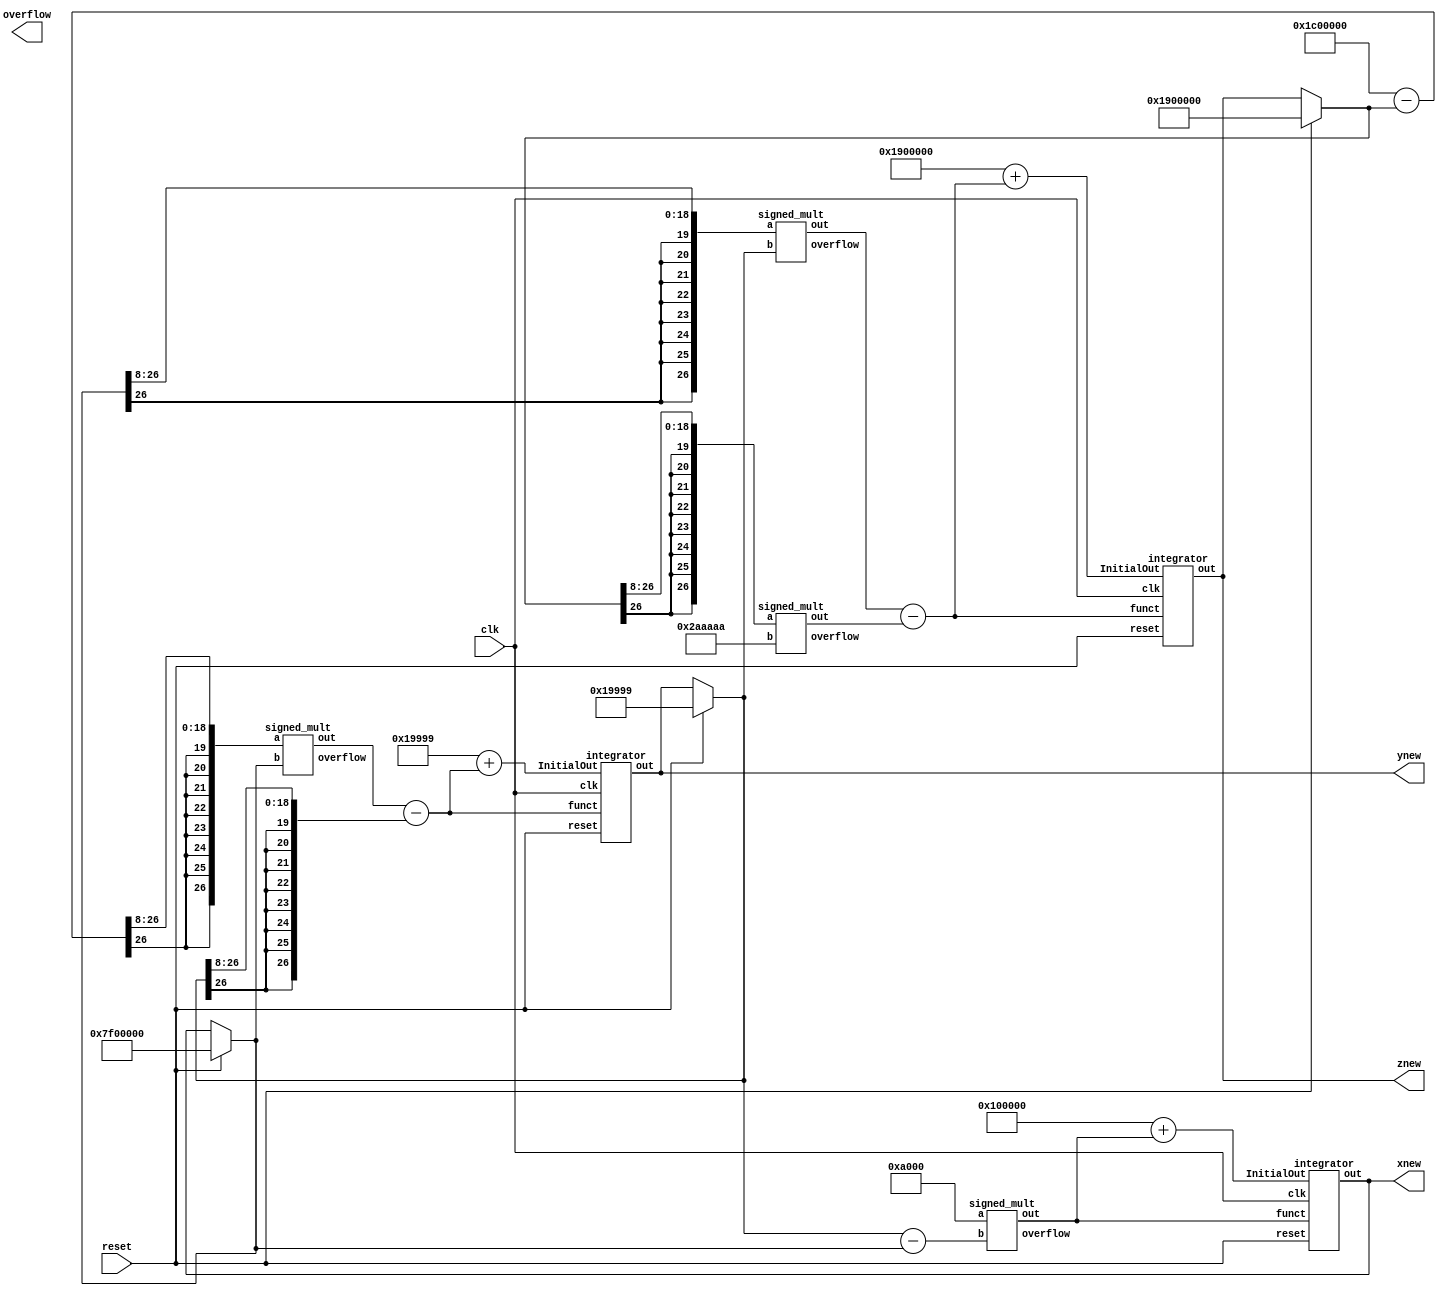
/////////////////////////////////////////////////
//// integrator /////////////////////////////////
/////////////////////////////////////////////////
module DDA (
	input clk,
	input reset,
	output  signed [26:0] xnew,
	output  signed [26:0] ynew,
	output  signed [26:0] znew,
	output  [8:0] overflow
);

	reg signed [26:0] x0={7'b1111111,20'b0};
	reg signed [26:0] y0=27'd104857;
	reg signed [26:0] z0=27'd26214400;
	reg signed [26:0] dt=27'd4096;
	reg signed [26:0] sigma=27'd10485760;
	reg signed [26:0] beta=27'd2796202;
	reg signed [26:0] rho=27'd29360128;
	wire signed [26:0] input_x;
	wire signed [26:0] input_y;
	wire signed [26:0] input_z;
	wire signed [26:0] mul1;
	wire signed [26:0] mul2;
	wire signed [26:0] mul3;
	wire signed [26:0] mul_res2;
	wire signed [26:0] mul_res3;
	wire signed [26:0] mul_res5;
	reg signed [26:0] xmux, ymux, zmux;
	wire [26:0] mul_res [8:0];
	always @ (*) begin
		if(reset) begin
			xmux =x0;
			ymux =y0;
			zmux =z0;
		end
		else begin
			xmux =xnew;
			ymux =ynew;
			zmux =znew;			
		end
	end
	/*
	signed_mult inst0 (
		.out(mul1),
		.a(ymux-xmux),
		.b(sigma),
		.overflow(overflow[0])
	);
	signed_mult inst1 (
		.out(input_x),
		.a(mul1),
		.b(dt),
		.overflow(overflow[1])
	);
	signed_mult inst2 (
		.out(mul_res2),
		.a(xmux),
		.b(ymux),
		.overflow(overflow[2])
	);
	signed_mult inst3 (
		.out(mul_res3),
		.a(rho-zmux),
		.b(xmux),
		.overflow(overflow[3])
	);
	signed_mult inst4 (
		.out(input_y),
		.a(mul_res3-ymux),
		.b(dt),
		.overflow(overflow[4])
	);
	signed_mult inst5 (
		.out(mul_res5),
		.a(zmux),
		.b(beta),
		.overflow(overflow[5])
	);
	signed_mult inst6 (
		.out(input_z),
		.a(mul_res2-mul_res5),
		.b(dt),
		.overflow(overflow[6])
	);
	*/
	/*
	signed_mult inst0 (
		.out(mul_res[0]),
		.a(dt),
		.b(sigma),
		.overflow(overflow[0])
	);
*/
	assign mul_res[0] = sigma >>> 8 ;
	
	signed_mult inst1 (
		.out(input_x),
		.a(mul_res[0]),
		.b(ymux-xmux),
		.overflow(overflow[1])
	);



	/*signed_mult inst2 (
		.out(mul_res[2]),
		.a(dt),
		.b(rho-zmux),
		.overflow(overflow[2])
	);*/
	assign mul_res[2] = (rho-zmux) >>> 8;
	signed_mult inst3 (
		.out(mul_res[3]),
		.a(mul_res[2]),
		.b(xmux),
		.overflow(overflow[3])
	);
/*
	signed_mult inst4 (
		.out(mul_res[4]),
		.a(dt),
		.b(ymux),
		.overflow(overflow[4])
	);*/
	assign mul_res[4] = (ymux) >>>8;
	assign input_y = mul_res[3] - mul_res[4];


	/*
	signed_mult inst5 (
		.out(mul_res[5]),
		.a(dt),
		.b(xmux),
		.overflow(overflow[5])
	);*/
	assign mul_res[5] = (xmux) >>>8;
	signed_mult inst6 (
		.out(mul_res[6]),
		.a(mul_res[5]),
		.b(ymux),
		.overflow(overflow[6])
	);
/*
	signed_mult inst7 (
		.out(mul_res[7]),
		.a(dt),
		.b(zmux),
		.overflow(overflow[7])
	);*/
	assign mul_res[7] = (zmux) >>>8;
	signed_mult inst8 (
		.out(mul_res[8]),
		.a(mul_res[7]),
		.b(beta),
		.overflow(overflow[8])
	);
	assign input_z = mul_res[6]-mul_res[8];


	integrator x(
		.out(xnew),
		.funct(input_x),
		.InitialOut(x0+input_x),
		.clk(clk),
		.reset(reset)
	);
	integrator y(
		.out(ynew),
		.funct(input_y),
		.InitialOut(y0+input_y),
		.clk(clk),
		.reset(reset)
	);
	integrator z(
		.out(znew),
		.funct(input_z),
		.InitialOut(z0+input_z),
		.clk(clk),
		.reset(reset)
	);

endmodule

module integrator(out,funct,InitialOut,clk,reset);
	output signed [26:0] out; 		//the state variable V
	input signed [26:0] funct;      //the dV/dt function
	input clk, reset;
	input signed [26:0] InitialOut;  //the initial state variable V
	
	wire signed	[26:0] out, v1new ;
	reg signed	[26:0] v1 ;
	
	always @ (posedge clk) 
	begin
		if (reset==1) //reset	
			v1 <= InitialOut ; // 
		else 
			v1 <= v1new ;	
	end
	assign v1new = v1 + funct ;
	assign out = v1 ;
endmodule

//////////////////////////////////////////////////
//// signed mult of 7.20 format 2'comp////////////
//////////////////////////////////////////////////

module signed_mult (out, a, b,overflow);
	output 	signed  [26:0]	out;
	output  signed  overflow;
	input 	signed	[26:0] 	a;
	input 	signed	[26:0] 	b;
	// intermediate full bit length
	wire 	signed	[53:0]	mult_out;
	assign mult_out = a * b;
	// select bits for 7.20 fixed point
	assign out = {mult_out[53], mult_out[45:20]};

    assign overflow = (mult_out[52:46]!=7'b0);
endmodule
//////////////////////////////////////////////////